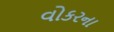
વોકરના